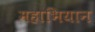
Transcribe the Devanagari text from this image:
महाभियान